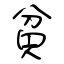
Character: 貧